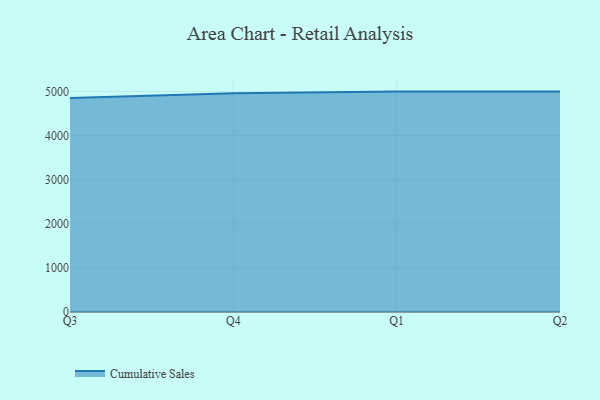
{"axis": {"x": "Quarter", "y": "Satisfaction Score"}, "legend": ["Cumulative Sales"], "data": [{"x": "Q3", "y": 4853.8, "type": "Cumulative Sales"}, {"x": "Q4", "y": 4960.6, "type": "Cumulative Sales"}, {"x": "Q1", "y": 5000, "type": "Cumulative Sales"}, {"x": "Q2", "y": 5000, "type": "Cumulative Sales"}]}